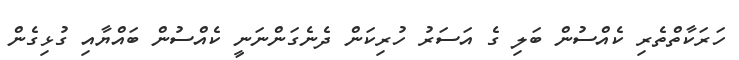
ހަރަކާތްތެރި ކެއްސުން ބަލި ގެ އަސަރު ހުރިކަން ދެނެގަންނަނީ ކެއްސުން ބައްޔާއި ގުޅިގެން